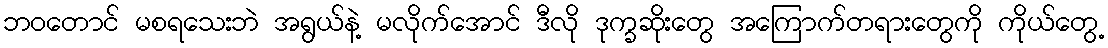
ဘဝတောင် မစရသေးဘဲ အရွယ်နဲ့ မလိုက်အောင် ဒီလို ဒုက္ခဆိုးတွေ အကြောက်တရားတွေကို ကိုယ်တွေ့